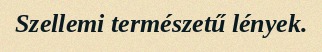
Szellemi természetű lények.